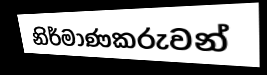
නිර්මාණකරුවන්